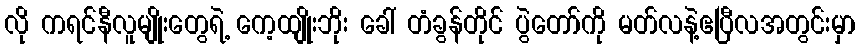
လို ကရင်နီလူမျိုးတွေရဲ့ ကေ့ထျိုးဘိုး ခေါ် တံခွန်တိုင် ပွဲတော်ကို မတ်လနဲ့ဧပြီလအတွင်းမှာ